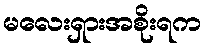
မလေးရှားအစိုးရက